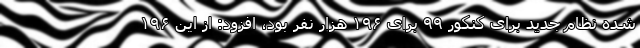
شده نظام جدید برای کنکور ۹۹ برای ۱۹۶ هزار نفر بود، افزود: از این ۱۹۶